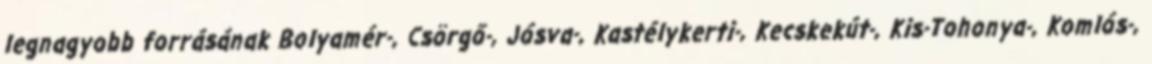
legnagyobb forrásának Bolyamér-, Csörgő-, Jósva-, Kastélykerti-, Kecskekút-, Kis-Tohonya-, Komlós-,